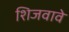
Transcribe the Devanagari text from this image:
शिजवावे